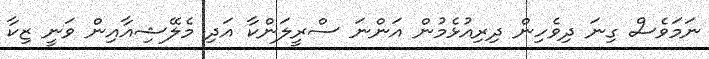
ނަމަވެސް ގިނަ ދިވެހިން ދިރިއުޅެމުން އަންނަ ސްރީލަންކާ އަދި މެލޭޝިއާއިން ވަނީ ޒިކާ